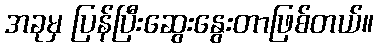
အခုမှ ပြန်ပြီးဆွေးနွေးတာဖြစ်တယ်။